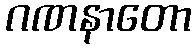
ဂဏနာတော